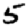
Digit: 5